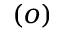
( o )